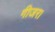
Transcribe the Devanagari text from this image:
गीजर।